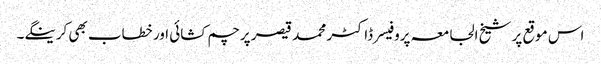
اس موقع پر شیخ الجامعہ پروفیسر ڈاکٹر محمد قیصر پرچم کشائی اور خطاب بھی کرینگے۔